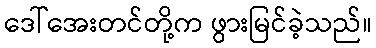
ဒေါ်အေးတင်တို့က ဖွားမြင်ခဲ့သည်။